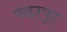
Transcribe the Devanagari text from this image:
पंढरपूर्